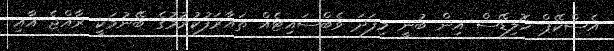
އެސްކޭޕް ހޮލިޑޭސް އިން ބުނީ މިފަދަ ވެބްސައިޓެއް ތައާރަފުކުރުމުގެ ބޭނުމަކީ ރާއްޖެ އާއި